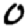
Digit: 0